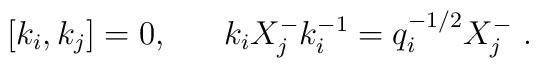
[k_i,k_j] = 0,~~~~~k_iX^-_jk_i^{-1}=q_i^{-1/2}X^-_j~.